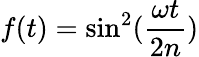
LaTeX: f(t)=\sin^{2}(\frac{{\omega}t}{2n})